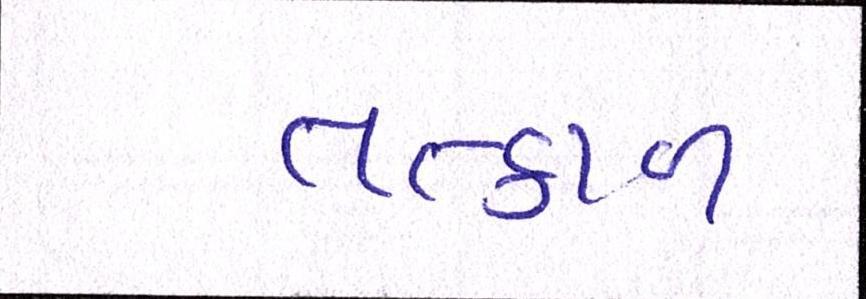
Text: તત્કાળ